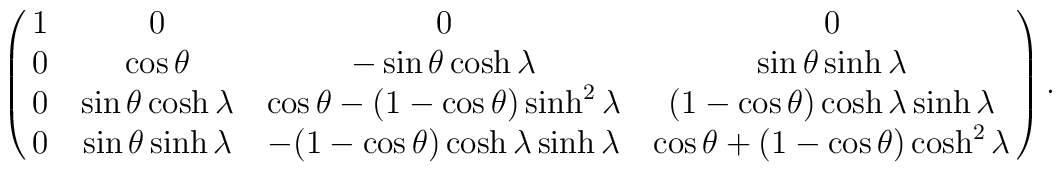
\pmatrix{1 & 0 & 0 & 0 \cr0 & \cos\theta & -\sin\theta \cosh\lambda & \sin\theta \sinh\lambda\cr 0 & \sin\theta\cosh\lambda &\cos\theta - (1 - \cos\theta)\sinh^{2}\lambda &(1 - \cos\theta)\cosh\lambda\sinh\lambda\cr 0 & \sin\theta\sinh\lambda &-(1 - \cos\theta)\cosh\lambda\sinh\lambda &\cos\theta + (1 - \cos\theta)\cosh^{2}\lambda} .